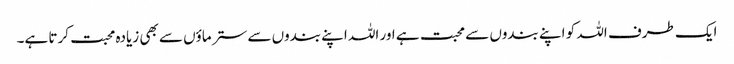
ایک طرف اللہ کو اپنے بندوں سے محبت ہے اور اللہ اپنے بندوں سے ستر ماؤں سے بھی زیادہ محبت کرتا ہے۔